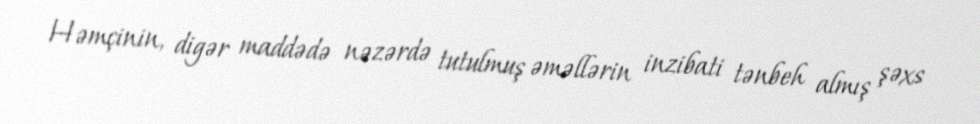
Həmçinin, digər maddədə nəzərdə tutulmuş əməllərin inzibati tənbeh almış şəxs